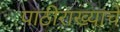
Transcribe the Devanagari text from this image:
पाठीराख्यांचे